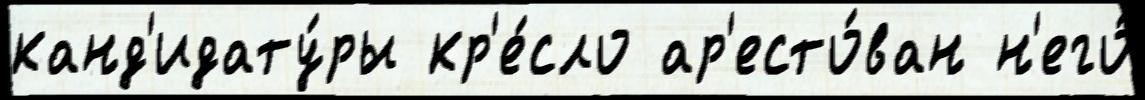
канд'идату́ры кр'е́сло ар'есто́ван н'его́